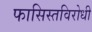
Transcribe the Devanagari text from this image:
फासिस्तविरोधी